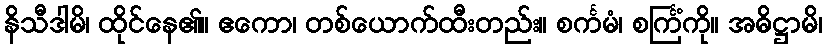
နိသီဒါမိ၊ ထိုင်နေ၏။ ဧကော၊ တစ်ယောက်ထီးတည်း။ စင်္ကမံ၊ စင်္ကြံကို။ အဓိဋ္ဌာမိ၊